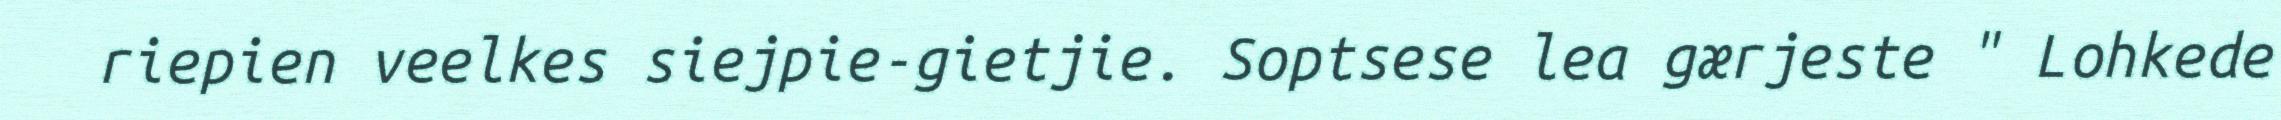
riepien veelkes siejpie-gietjie. Soptsese lea gærjeste " Lohkede